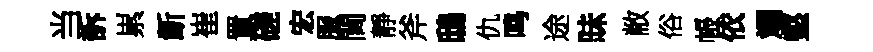
当訴累齗崔置磋宏服閫靜斧鴟仇鸣途昧敝俗帳依斕壑